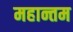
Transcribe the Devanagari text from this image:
महान्तम